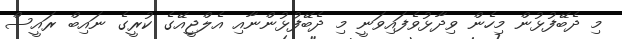
މި ދެބޭފުޅުން މިހެން ވިދާޅުވެފައިވަނީ މި ދެބޭފުޅުންނާއި އެލްޖީއޭގެ ކުރީގެ ނައިބް ރައީސް